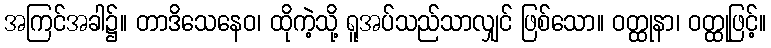
အကြင်အခါ၌။ တာဒိသေနေဝ၊ ထိုကဲ့သို့ ရူအပ်သည်သာလျှင် ဖြစ်သော။ ဝတ္ထုနာ၊ ဝတ္ထုဖြင့်။